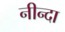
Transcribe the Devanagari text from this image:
नीन्दा